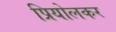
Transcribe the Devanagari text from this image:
प्रियोलकर